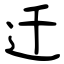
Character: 迁